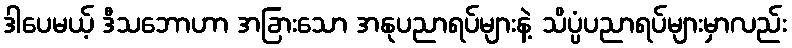
ဒါပေမယ့် ဒီသဘောဟာ အခြားသော အနုပညာရပ်များနဲ့ သိပ္ပံပညာရပ်များမှာလည်း